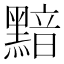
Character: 黯